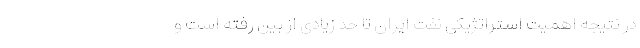
در نتیجه اهمیت استراتژیکی نفت ایران تا حد زیادی از بین رفته است و